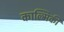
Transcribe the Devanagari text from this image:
काल्मिकी